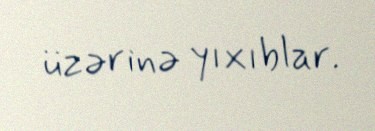
üzərinə yıxıblar.